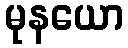
မုနယော